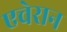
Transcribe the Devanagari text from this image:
एचेरान